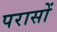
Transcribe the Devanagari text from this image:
परासों